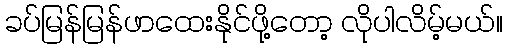
ခပ်မြန်မြန်ဖာထေးနိုင်ဖို့တော့ လိုပါလိမ့်မယ်။